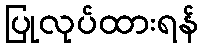
ပြုလုပ်ထားရန်